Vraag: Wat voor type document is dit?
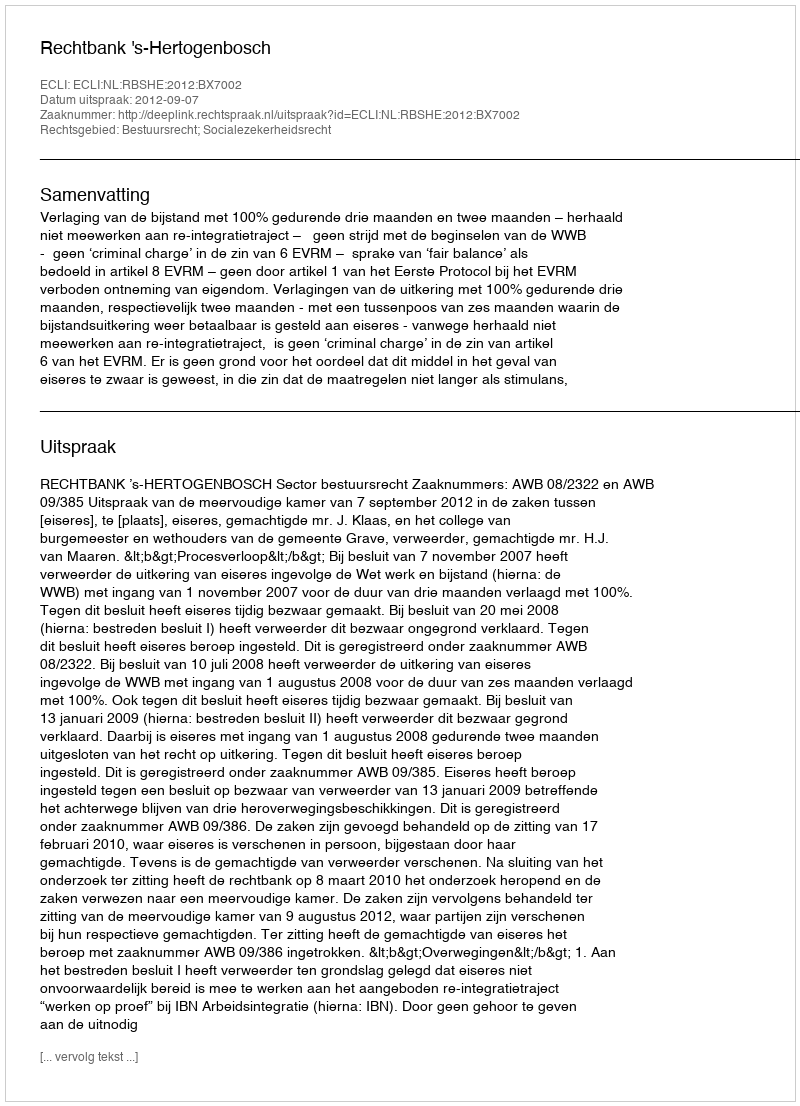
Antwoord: Uitspraak